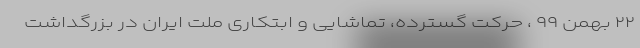
۲۲ بهمن ۹۹ ، حرکت گسترده، تماشایی و ابتکاری ملت ایران در بزرگداشت